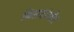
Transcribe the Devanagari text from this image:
बिसवांऔर